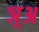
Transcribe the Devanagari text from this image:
ञ़्अ